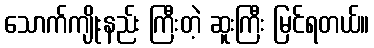
သောက်ကျိုးနည်း ကြီးတဲ့ ဆူးကြီး မြင်ရတယ်။